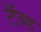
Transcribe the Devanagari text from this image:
टॅब्ड